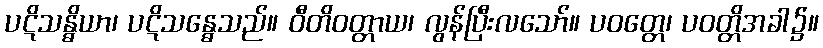
ပဋိသန္ဓိယာ၊ ပဋိသန္ဓေသည်။ ဝီတိဝတ္တာယ၊ လွန်ပြီးလသော်။ ပဝတ္တေ၊ ပဝတ္တိအခါ၌။